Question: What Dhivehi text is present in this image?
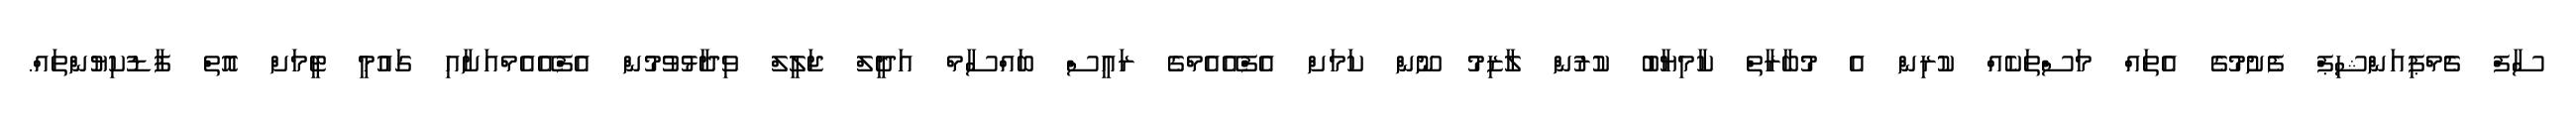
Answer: ސާފް ޗެމްޕިއަންޝިޕް ފެށުމުގެ އެތައް މަސްތަކެއް ކުރިން އެ މުބާރާތް ކާމިޔާބު ކުރުން ލާޒިމު ނޫން ކަމަށް އެފްއޭއެމްގެ ރައީސް ބައްސާމް އަދީލް ޖަލީލް ވިދާޅުވުމުން އެފްއޭއެމްއަށާއި ގައުމީ ޓީމަށް އޮތް ފާޑުކިޔުންތައް.